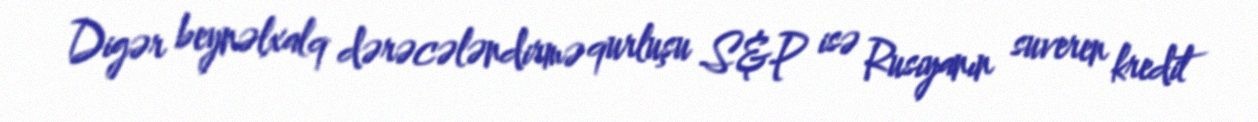
Digər beynəlxalq dərəcələndirmə qurluşu S&P isə Rusiyanın suveren kredit